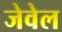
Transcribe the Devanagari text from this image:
जेवेल